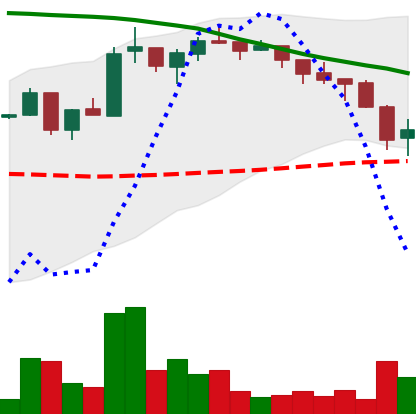
Ticker: ADA-USD
Chart end date: 2018-05-12
Forward return: -10.064%
Label: down_7plus